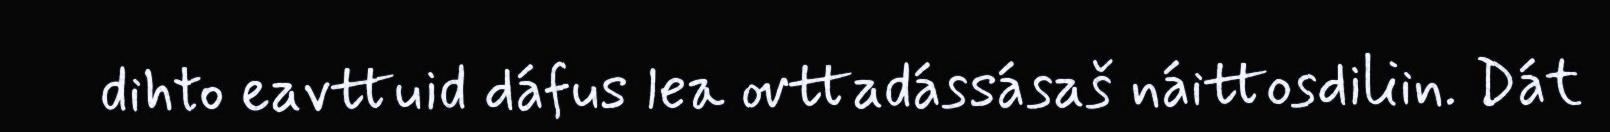
dihto eavttuid dáfus lea ovttadássásaš náittosdiliin. Dát